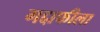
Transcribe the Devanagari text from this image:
गद्दाफीला